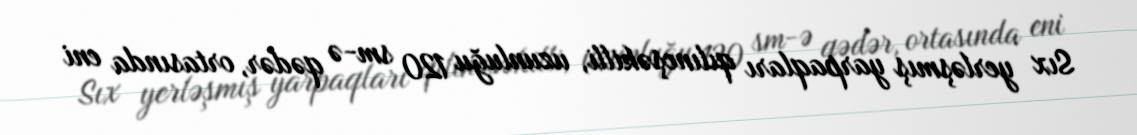
Sıx yerləşmış yarpaqları qılıncşəkilli, uzunluğu 120 sm-ə qədər, ortasında eni